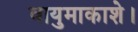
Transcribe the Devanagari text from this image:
वायुमाकाशे।